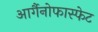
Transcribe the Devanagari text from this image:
आर्गैनोफास्फेट